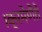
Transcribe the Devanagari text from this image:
।क्रमेणैते